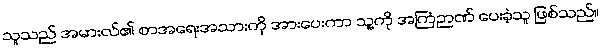
သူသည် အမားလ်၏ စာအရေးအသားကို အားပေးကာ သူ့ကို အကြံဉာဏ် ပေးခဲ့သူ ဖြစ်သည်။